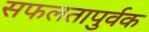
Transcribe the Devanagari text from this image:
सफलतापुर्वक